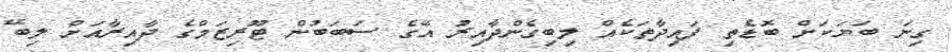
ގިނަ ބަޔަކަށް ބޮޑެތި ފައިދާތަކެއް ލިބިގެންދާއިރު އޭގެ ސަބަބުން ޓޫރިޒަމްގެ ދާއިރާއަށް ލިބޭ